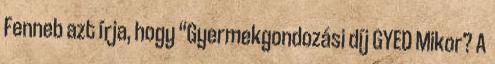
Fenneb azt írja, hogy “Gyermekgondozási díj GYED Mikor? A